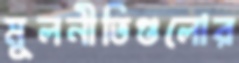
মূলনীতিগুলোর